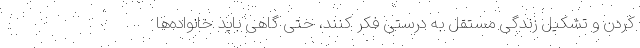
کردن و تشکیل زندگی مستقل به درستی فکر کنند، حتی گاهی باید خانواده‌ها